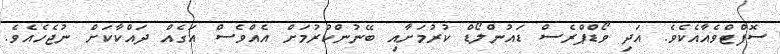
ސޮފްޓްވެއާއެކެވެ. އަދި ވޯޑްޕްރެސް ޑައުންލޯޑް ކުރުމަށާއި ބޭނުންކުރުމަށް އެއްވެސް އަގެއް ދައްކާކަށް ނުޖެހެއެވެ.